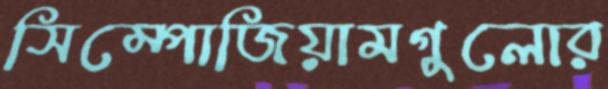
সিম্পোজিয়ামগুলোর